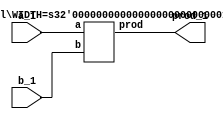
`timescale 1ns / 1ps
//Test Multiplier
module testMul(a_1,b_1,prod_1);
	input [63:0] a_1;
	input [63:0] b_1;
	output [63:0] prod_1;
	
	Mul #(.WIDTH(64)) Mul_1(a_1,b_1,prod_1);
endmodule


//Multiplier Module
module Mul #(parameter WIDTH = 64) (a,b,prod);

input [WIDTH - 1:0] a;
input [WIDTH - 1:0] b;
output [WIDTH - 1:0] prod;

	assign prod = a * b;

endmodule //End Multiplier Module